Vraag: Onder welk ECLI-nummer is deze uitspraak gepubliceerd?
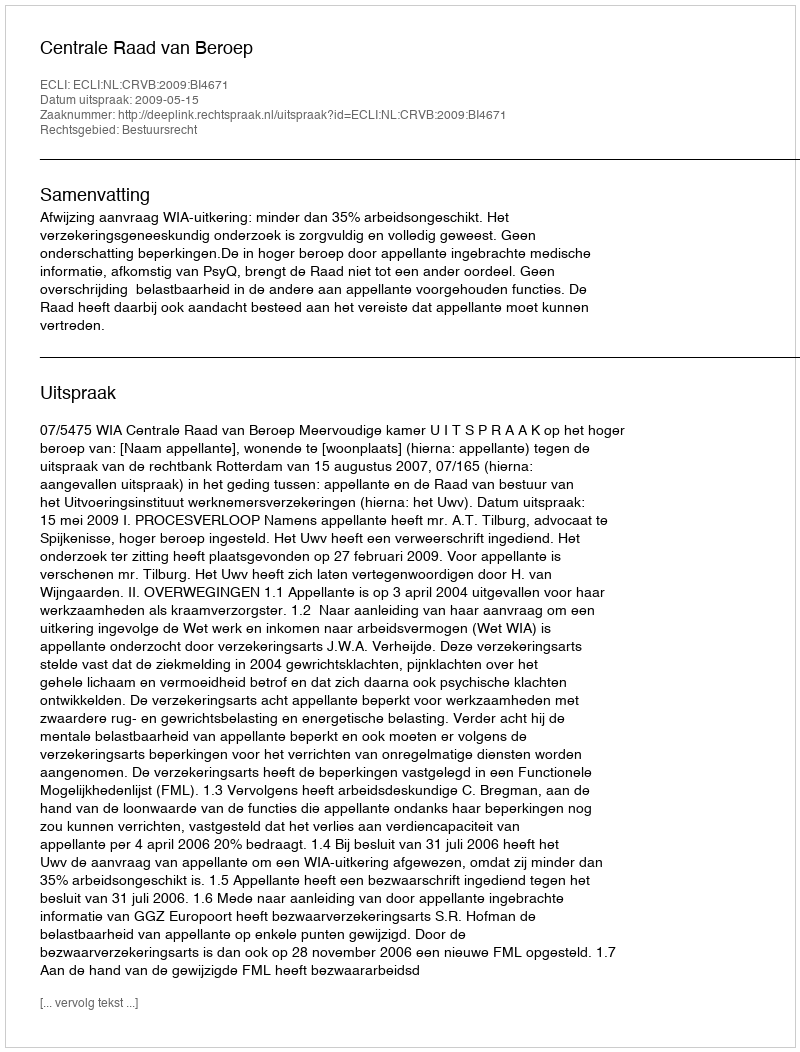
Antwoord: ECLI:NL:CRVB:2009:BI4671